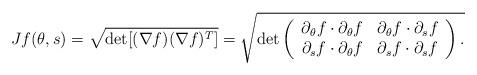
LaTeX: \begin{align*}Jf(\theta, s) = \sqrt{ \det[( \nabla f) (\nabla f)^T] }=\sqrt{\det\left(\begin{array}{cc}\partial_\theta f \cdot \partial_\theta f &\partial_\theta f\cdot \partial_s f\\\partial_sf \cdot \partial_\theta f &\partial_s f\cdot \partial_s f\end{array}\right).}\end{align*}